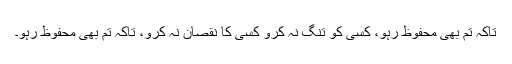
تاکہ تم بھی محفوظ رہو، کسی کو تنگ نہ کرو کسی کا نقصان نہ کرو، تاکہ تم بھی محفوظ رہو۔